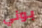
بوني